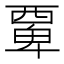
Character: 𮗆